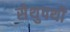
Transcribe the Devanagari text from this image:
सेथुपथी